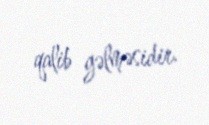
qalib gəlməsidir.